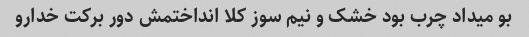
بو میداد چرب بود خشک و نیم سوز کلا انداختمش دور برکت خدارو